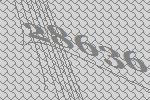
28636